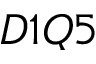
D 1 Q 5